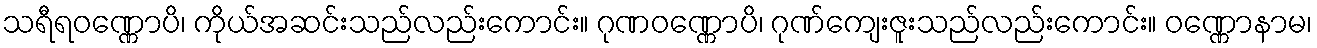
သရီရဝဏ္ဏောပိ၊ ကိုယ်အဆင်းသည်လည်းကောင်း။ ဂုဏဝဏ္ဏောပိ၊ ဂုဏ်ကျေးဇူးသည်လည်းကောင်း။ ဝဏ္ဏောနာမ၊